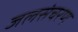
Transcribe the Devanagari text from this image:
जलसंचरण